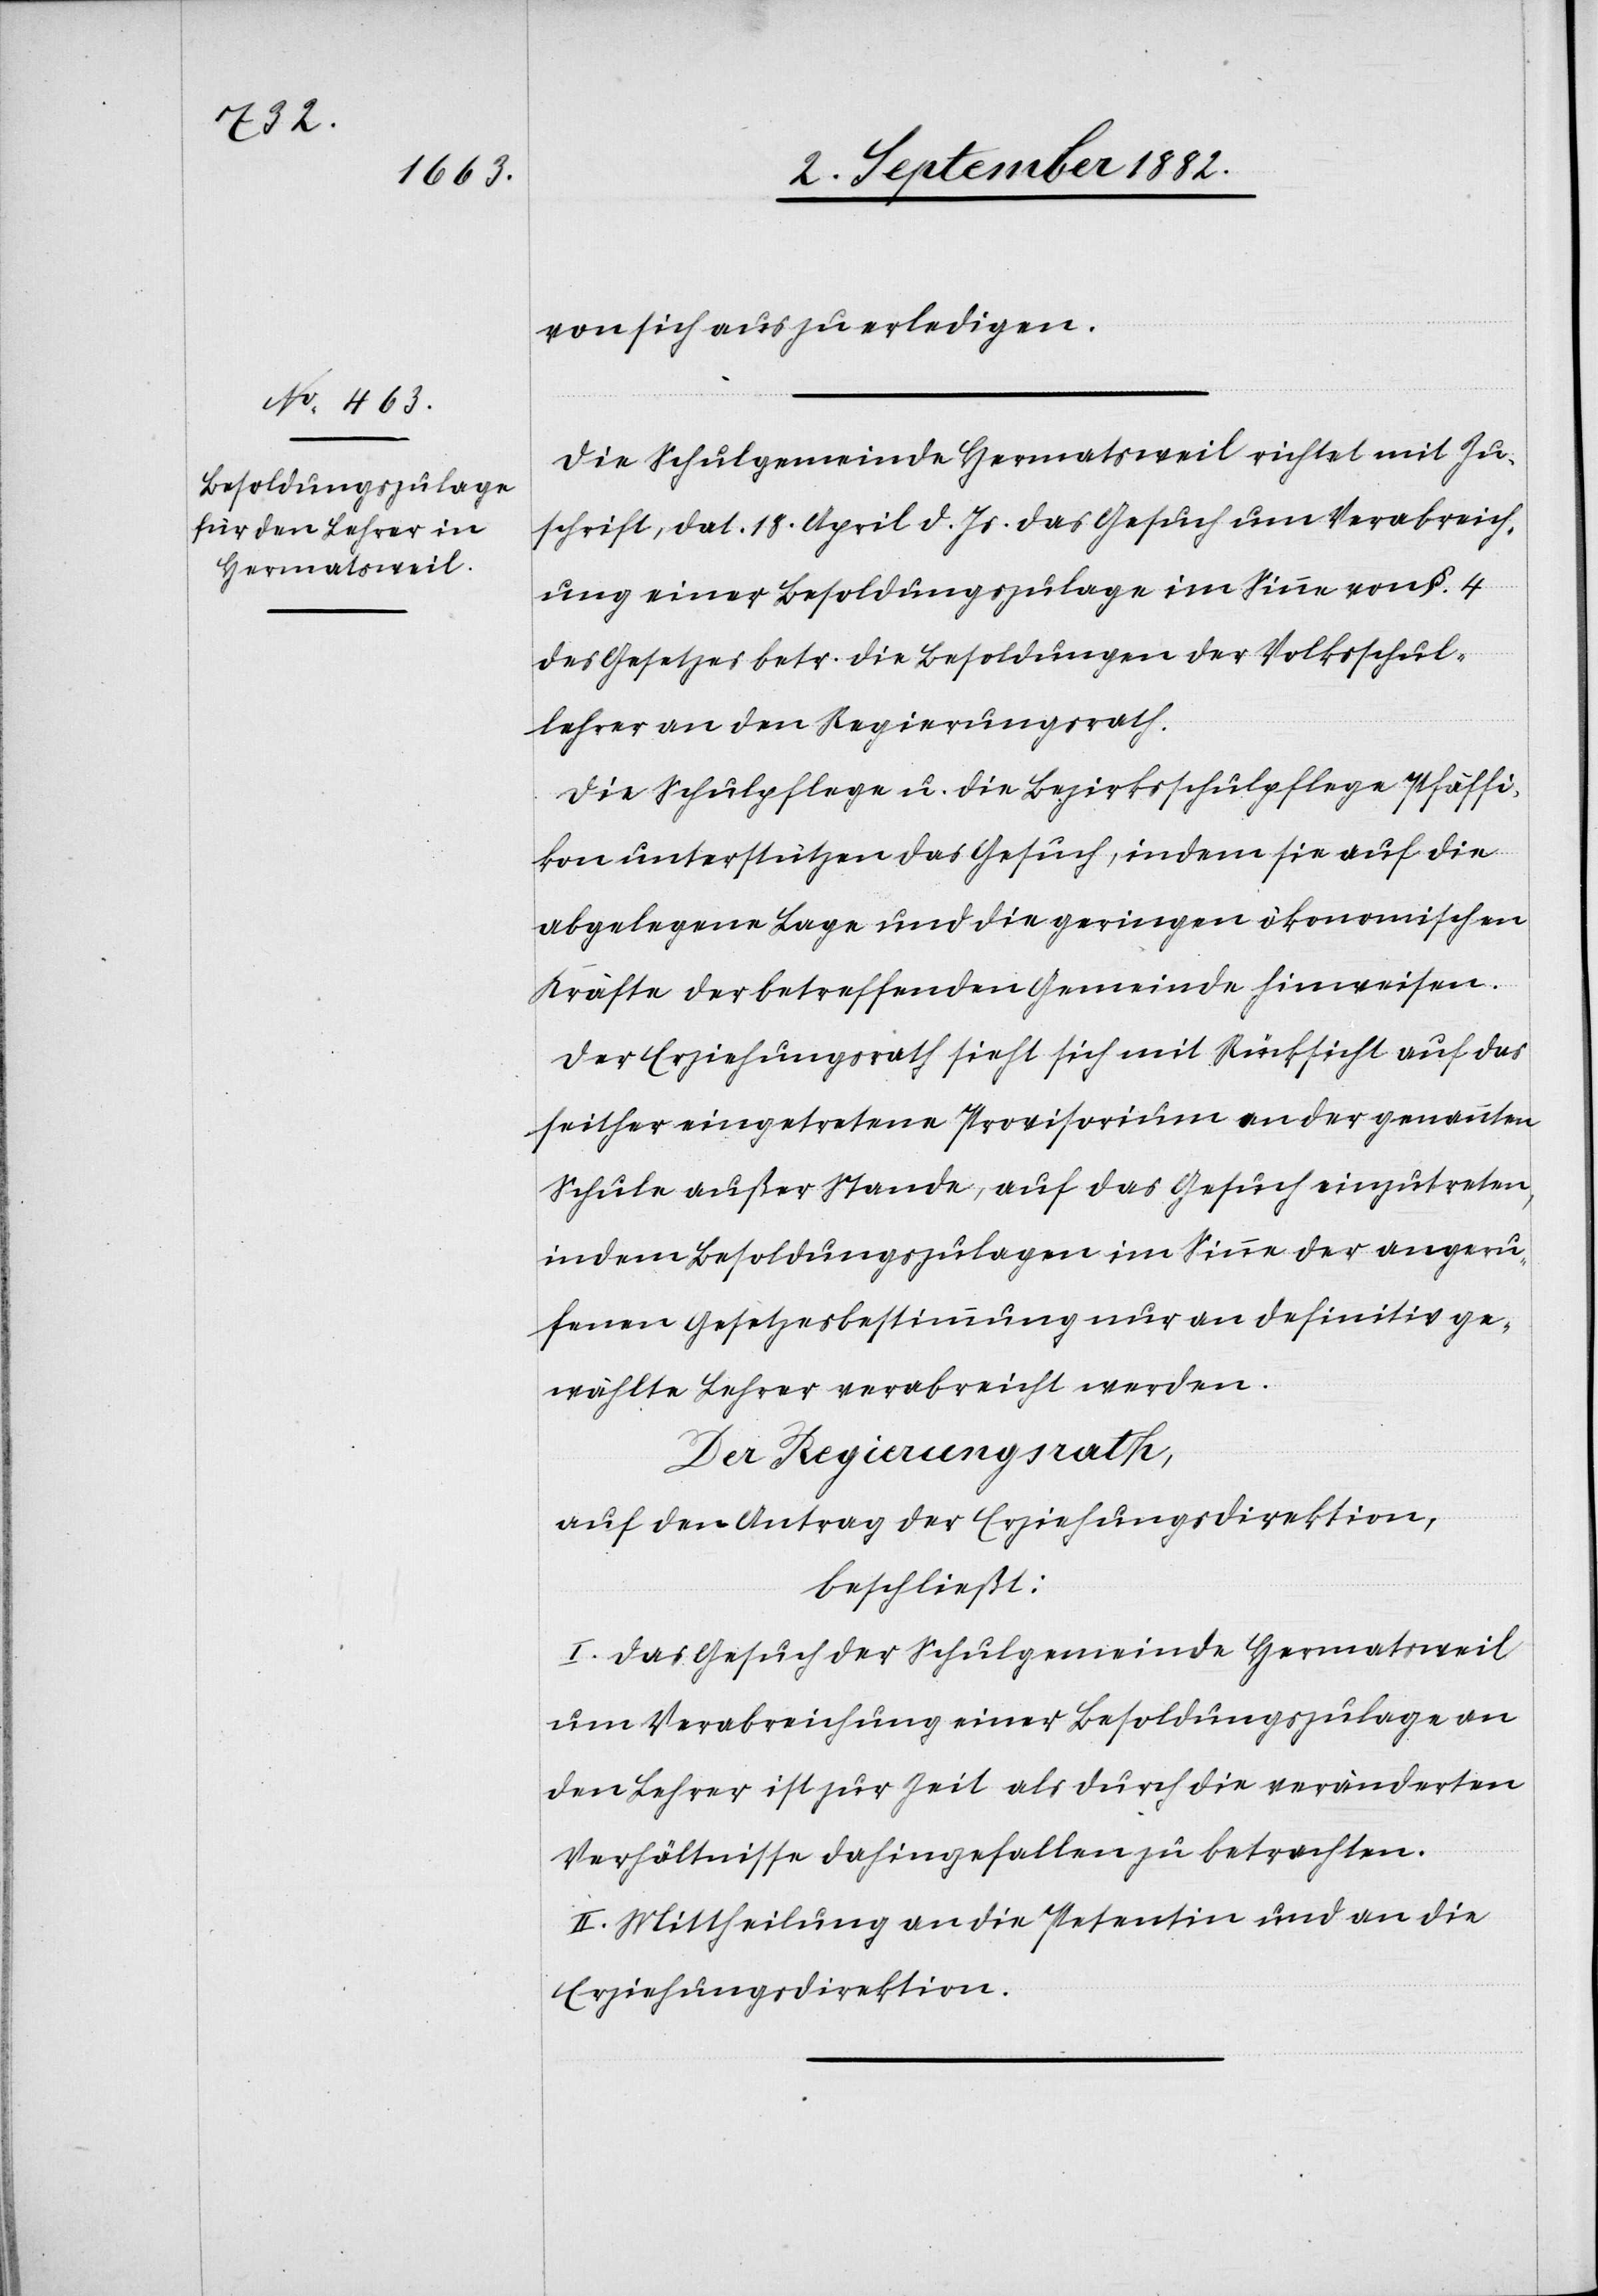
von sich aus zu erledigen.
Die Schulgemeinde Hermatsweil richtet mit Zu¬
schrift, dat. 18. April d. Js. das Gesuch um Verabreich¬
ung einer Besoldungszulage im Sinne von §. 4
des Gesetzes betr. die Besoldungen der Volksschul¬
lehrer an den Regierungsrath.
Die Schulpflege u. die Bezirksschulpflege Pfäffi¬
kon unterstützten das Gesuch, indem sie auf die
abgelegene Lage und die geringen ökonomischen
Kräfte der betreffenden Gemeinde hinweisen.
Der Erziehungsrath sieht sich mit Rücksicht auf das
seither eingetretene Provisorium an der genannten
Schule außer Stande, auf das Gesuch einzutreten,
indem Besoldungszulagen im Sinne der angeru¬
fenen Gesetzesbestimmung nur an definitiv ge¬
wählte Lehrer verabreicht werden.
Der Regierungsrath,
auf den Antrag der Erziehungsdirektion,
beschließt:
I. Das Gesuch der Schulgemeinde Hermatsweil
um Verabreichung einer Besoldungszulage an
den Lehrer ist zur Zeit als durch die veränderten
Verhältnisse dahingefallen zu betrachten.
II. Mittheilung an die Petentin und an die
Erziehungsdirektion.